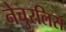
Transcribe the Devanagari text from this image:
नेचुरलिस